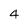
Character: 4